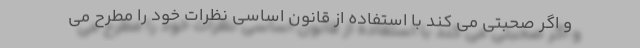
و اگر صحبتی می کند با استفاده از قانون اساسی نظرات خود را مطرح می